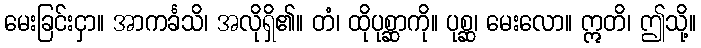
မေးခြင်းငှာ။ အာကင်္ခသိ၊ အလိုရှိ၏။ တံ၊ ထိုပုစ္ဆာကို။ ပုစ္ဆ၊ မေးလော။ ဣတိ၊ ဤသို့။